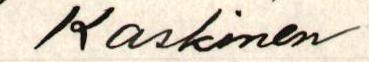
Kaskinen